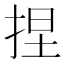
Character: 捏